Vaccination in Bombay 1863-1868 - 1863-1868
Year: 1863
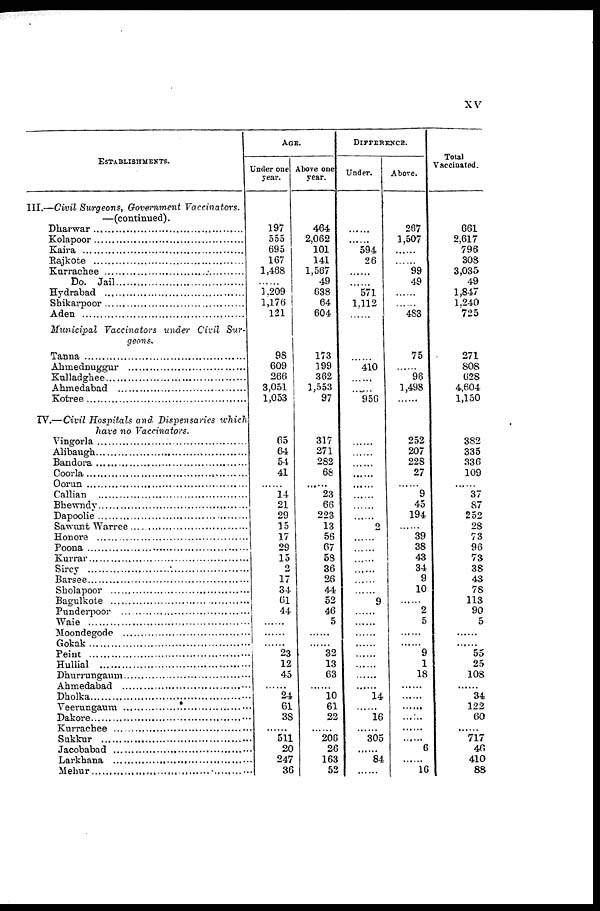
xv
ESTABLISHMENTS.
III.—Civil Surgeons, Government Vaccinators.
—(continued).
Dharwar ..............................
Kolapoor ........................
Kaira..............................
Rajkote..............................
Kurrachee ..............................
Do.
Jail..............................
Hydrabad
..............................
Shikarpoor
..............................
Aden
.................................
Municipal Vaccinators under Civil Sur-
geons.
Tanna..............................
Ahmedabad...........................
Kulladghee..............................
Ahmedabad..............................
Kotree..............................
IV.—Civil Hospitals and Dispensaries which
have no Vaccinators.
Vingorla ..............................
Alibaugh..............................
Bandora..............................
Coorla..............................
Oorun..............................
Callian..............................
Bhewndy..............................
Dapoolie..............................
Sawunt Warree..............................
Honore.................................
Poona..............................
Kurrar..............................
Sircy..............................
Barsee..............................
Sholapoor..............................
Bagulkote..............................
Punderpoor..............................
Waie.................................
Moondegode..............................
Gokak.................................
Peint..............................
Hullial..............................
Dhurrungaum..............................
Ahmedabad..............................
Dholka..............................
Veerungaum..............................
Dakore...........................
Kurrachee..............................
Sukkur.................................
Jacobabad..............................
Larkhana.................................
Mehur....................................
AGE.
Under one
year.
197
555
695
167
1,468
......
1,209
1,176
121
98
609
266
3,051
1,053
65
64
54
41
......
14
21
29
15
17
29
15
2
17
34
61
44
......
......
......
23
12
45
......
24
61
38
......
511
20
247
36
Above one
year.
464
2,062
101
141
1,567
49
638
64
604
173
199
362
1,553
97
317
271
282
68
......
23
66
223
13
56
67
58
36
26
44
52
46
5
......
......
32
13
63
......
10
61
22
......
206
26
163
52
DIFFERENCE.
Under.
......
......
594
26
......
......
571
1,112
......
......
410
......
......
956
......
......
......
......
......
......
......
......
2
......
......
......
......
......
......
9
......
......
......
......
......
......
......
......
14
......
16
......
305
......
84
......
Above.
267
1,507
......
......
99
49
......
......
483
75
......
96
1,498
......
252
207
228
27
......
9
45
194
......
39
38
43
34
9
10
......
2
5
......
......
9
1
18
......
......
......
......
......
......
6
......
16
Total
Vaccinated.
661
2,617
796
308
3,035
49
1,847
1,240
725
271
808
628
4,604
1,150
382
335
336
109
......
37
87
252
28
73
96
73
38
43
78
113
90
5
......
......
55
25
108
......
34
122
60
......
717
46
410
88